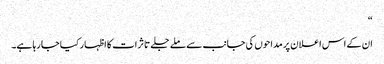
“
ان کے اس اعلان پر مداحوں کی جانب سے ملے جلے تاثرات کا اظہار کیا جا رہا ہے۔